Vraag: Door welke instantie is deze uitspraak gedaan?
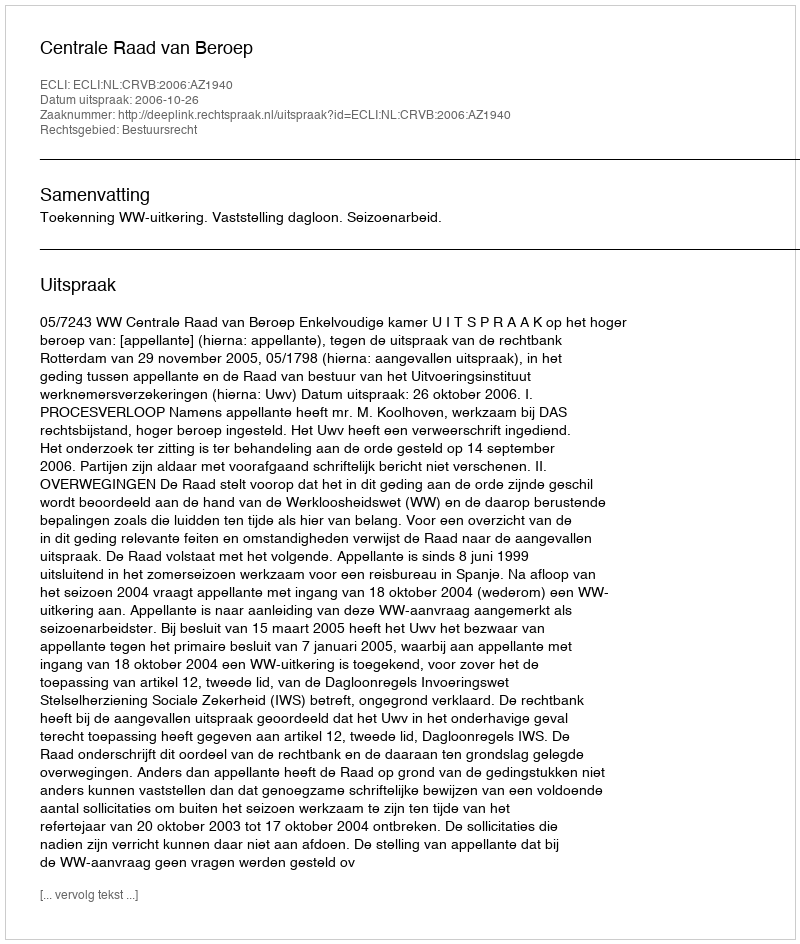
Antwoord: Centrale Raad van Beroep